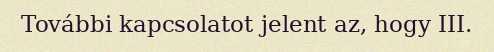
További kapcsolatot jelent az, hogy III.